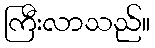
ကြီးလာသည်။